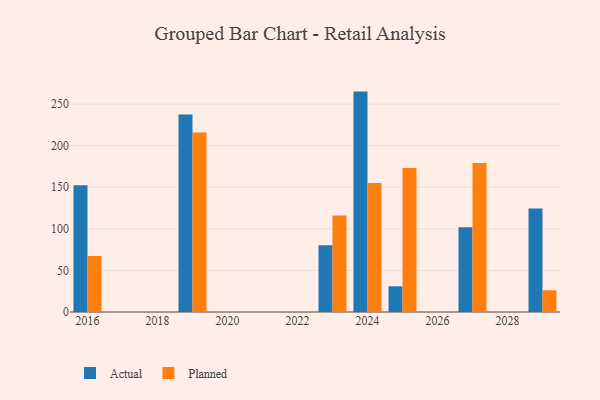
{"axis": {"x": "Year", "y": "Demand Index"}, "legend": ["Actual", "Planned"], "data": [{"x": "2024", "y": 264.9, "type": "Actual"}, {"x": "2024", "y": 155.1, "type": "Planned"}, {"x": "2027", "y": 101.9, "type": "Actual"}, {"x": "2027", "y": 179.1, "type": "Planned"}, {"x": "2016", "y": 152.4, "type": "Actual"}, {"x": "2016", "y": 67.3, "type": "Planned"}, {"x": "2023", "y": 80.1, "type": "Actual"}, {"x": "2023", "y": 116.0, "type": "Planned"}, {"x": "2025", "y": 30.9, "type": "Actual"}, {"x": "2025", "y": 173.0, "type": "Planned"}, {"x": "2019", "y": 237.4, "type": "Actual"}, {"x": "2019", "y": 215.7, "type": "Planned"}, {"x": "2029", "y": 124.4, "type": "Actual"}, {"x": "2029", "y": 26.1, "type": "Planned"}]}